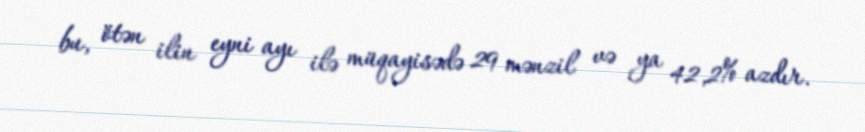
bu, ötən ilin eyni ayı ilə müqayisədə 29 mənzil və ya 42,2% azdır.